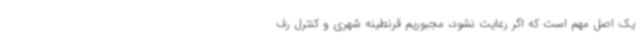
یک اصل مهم است که اگر رعایت نشود، مجبوریم قرنطینه شهری و کنترل رف